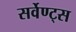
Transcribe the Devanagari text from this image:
सर्वेण्ट्स